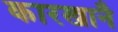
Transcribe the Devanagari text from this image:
कारखानै